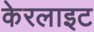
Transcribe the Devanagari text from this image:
केरलाइट